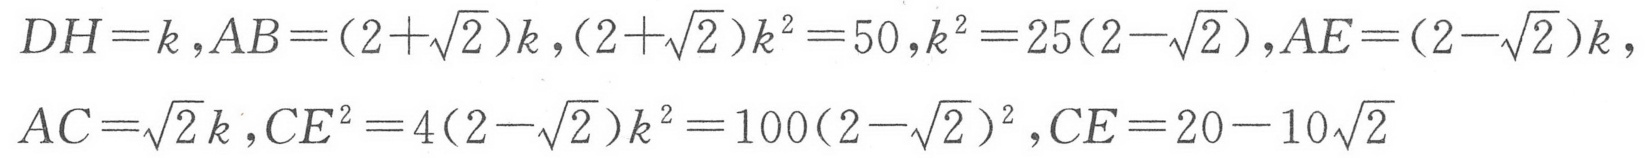
\(DH = k,AB=(2 + \sqrt{2})k,(2+\sqrt{2})k^{2}=50,k^{2}=25(2 - \sqrt{2}),AE=(2 - \sqrt{2})k,AC=\sqrt{2}k,CE^{2}=4(2 - \sqrt{2})k^{2}=100(2 - \sqrt{2})^{2},CE=20 - 10\sqrt{2}\)